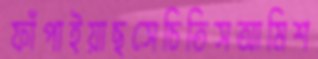
ফাঁপাইয়াছসেচিতিসআমিশ